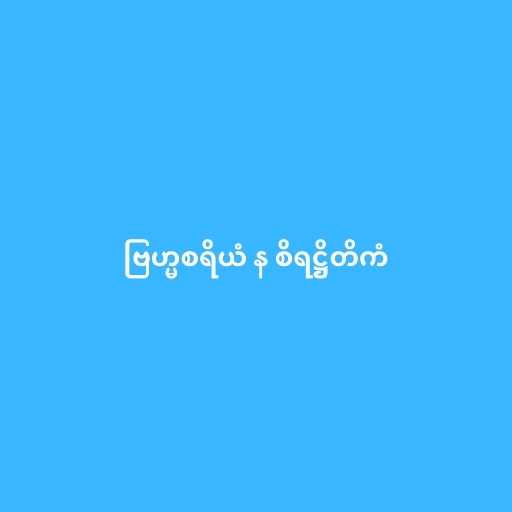
ဗြဟ္မစရိယံ န စိရဋ္ဌိတိကံ